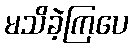
မသိခဲ့ကြပေ